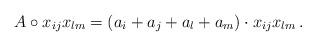
LaTeX: \begin{align*}A \circ x_{ij}x_{lm} = (a_i+a_j+a_l+a_m) \cdot x_{ij}x_{lm}\, .\end{align*}